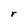
Character: r